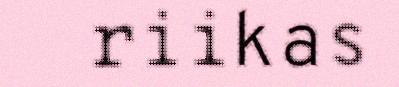
riikas